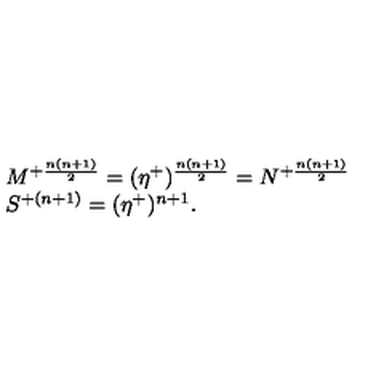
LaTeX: \begin{array} { l c r } { M ^ { + { \frac { n ( n + 1 ) } { 2 } } } = ( \eta ^ { + } ) ^ { { \frac { n ( n + 1 ) } { 2 } } } = N ^ { + { \frac { n ( n + 1 ) } { 2 } } } } \\ { S ^ { + ( n + 1 ) } = ( \eta ^ { + } ) ^ { n + 1 } . } \\ \end{array}